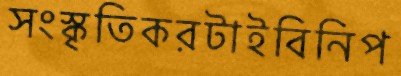
সংস্কৃতিকরটাইবিনিপ